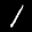
Label: 1